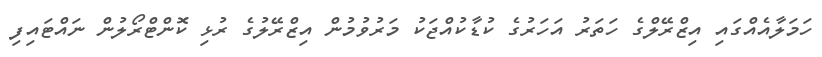
ހަމަލާއެއްގައި އިޒްރޭލްގެ ހަތަރު އަހަރުގެ ކުޑާކުއްޖަކު މަރުވުމުން އިޒްރޭލުގެ ރުޅި ކޮންޓްރޯލުން ނައްޓައިފި